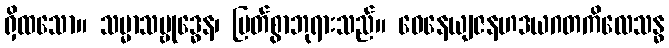
ရှိထသော။ သမ္မာသမ္ဗုဒ္ဓေန၊ မြတ်စွာဘုရားသည်။ ဝေနေယျဇနဟဒယဂတကိလေသန္ဓ